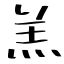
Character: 羔